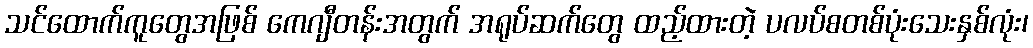
သင်ထောက်ကူတွေအဖြစ် ကေဂျီတန်းအတွက် အရုပ်ဆက်တွေ ထည့်ထားတဲ့ ပလပ်စတစ်ပုံးသေးနှစ်လုံး၊